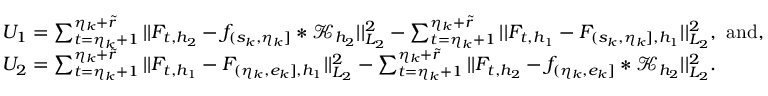
\begin{array} { r l } & { U _ { 1 } = \sum _ { t = \eta _ { k } + 1 } ^ { \eta _ { k } + \widetilde { r } } \vert \vert F _ { t , { h _ { 2 } } } - f _ { ( s _ { k } , \eta _ { k } ] } \ast \mathcal { K } _ { { h _ { 2 } } } \vert \vert _ { L _ { 2 } } ^ { 2 } - \sum _ { t = \eta _ { k } + 1 } ^ { \eta _ { k } + \widetilde { r } } \vert \vert F _ { t , { h _ { 1 } } } - F _ { ( s _ { k } , \eta _ { k } ] , { h _ { 1 } } } \vert \vert _ { L _ { 2 } } ^ { 2 } , \ \mathrm { a n d , } } \\ & { U _ { 2 } = \sum _ { t = \eta _ { k } + 1 } ^ { \eta _ { k } + \widetilde { r } } \vert \vert F _ { t , { h _ { 1 } } } - F _ { ( \eta _ { k } , e _ { k } ] , { h _ { 1 } } } \vert \vert _ { L _ { 2 } } ^ { 2 } - \sum _ { t = \eta _ { k } + 1 } ^ { \eta _ { k } + \widetilde { r } } \vert \vert F _ { t , { h _ { 2 } } } - f _ { ( \eta _ { k } , e _ { k } ] } \ast \mathcal { K } _ { h _ { 2 } } \vert \vert _ { L _ { 2 } } ^ { 2 } . } \end{array}